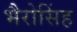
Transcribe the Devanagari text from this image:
भैरोसिंह